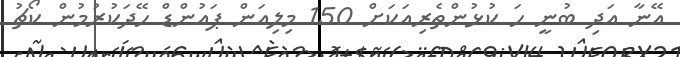
އޭނާ އަދި ބުނީ ހަ ކުޅުންތެރިއަކަށް 150 މިލިއަން ޕައުންޑް ހޭދަކުރުމުން ކޯޗު